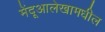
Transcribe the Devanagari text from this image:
मेंदूआलेखामधील